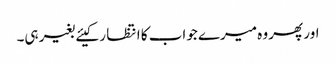
اور پھر وہ میرے جواب کا انتظا ر کیئے بغیر ہی۔